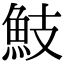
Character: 𩵾